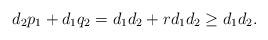
LaTeX: \begin{align*} d_2 p_1+d_1 q_2=d_1 d_2+rd_1d_2\geq d_1d_2.\end{align*}